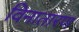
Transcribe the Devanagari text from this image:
विनातारण